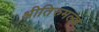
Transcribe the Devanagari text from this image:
श्रीतिरुमल्ल्ल